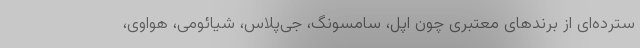
سترده‌ای از برندهای معتبری چون اپل، سامسونگ، جی‌پلاس، شیائومی، هواوی،